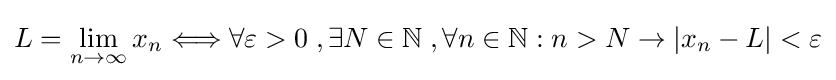
L=\lim _{n\to \infty }x_{n}\Longleftrightarrow \forall \varepsilon >0\;,\exists N\in \mathbb {N} \;,\forall n\in \mathbb {N} :n>N\rightarrow |x_{n}-L|<\varepsilon